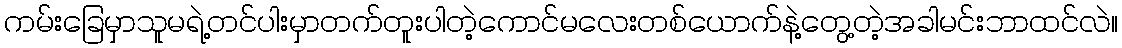
ကမ်းခြေမှာသူမရဲ့တင်ပါးမှာတက်တူးပါတဲ့ကောင်မလေးတစ်ယောက်နဲ့တွေ့တဲ့အခါမင်းဘာထင်လဲ။